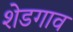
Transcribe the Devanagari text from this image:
शेडगाव